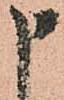
申